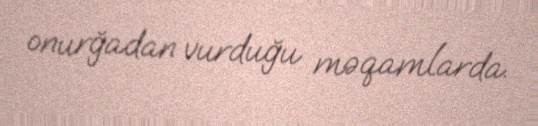
onurğadan vurduğu məqamlarda.